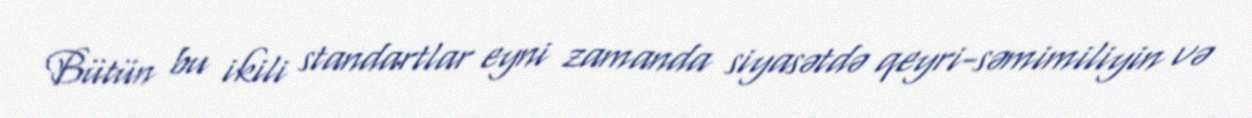
Bütün bu ikili standartlar eyni zamanda siyasətdə qeyri-səmimiliyin və